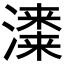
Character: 𱩣